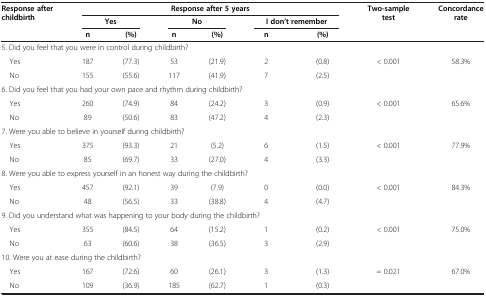
| <ROWSPAN=3> Response after childbirth | <COLSPAN=6> Response after 5 years | <ROWSPAN=3> Two-sample test | <ROWSPAN=3> Concordance rate |
 | <COLSPAN=2> Yes | <COLSPAN=2> No | <COLSPAN=2> I don’t remember |
 | n | (%) | n | (%) | n | (%) |
 | --- | --- | --- | --- | --- | --- | --- | --- | --- |
 | <COLSPAN=9> 5. Did you feel that you were in control during childbirth? |
 | Yes | 187 | (77.3) | 53 | (21.9) | 2 | (0.8) | < 0.001 | 58.3% |
 | No | 155 | (55.6) | 117 | (41.9) | 7 | (2.5) |  |  |
 | <COLSPAN=9> 6. Did you feel that you had your own pace and rhythm during childbirth? |
 | Yes | 260 | (74.9) | 84 | (24.2) | 3 | (0.9) | < 0.001 | 65.6% |
 | No | 89 | (50.6) | 83 | (47.2) | 4 | (2.3) |  |  |
 | <COLSPAN=9> 7. Were you able to believe in yourself during childbirth? |
 | Yes | 375 | (93.3) | 21 | (5.2) | 6 | (1.5) | < 0.001 | 77.9% |
 | No | 85 | (69.7) | 33 | (27.0) | 4 | (3.3) |  |  |
 | <COLSPAN=9> 8. Were you able to express yourself in an honest way during the childbirth? |
 | Yes | 457 | (92.1) | 39 | (7.9) | 0 | (0.0) | < 0.001 | 84.3% |
 | No | 48 | (56.5) | 33 | (38.8) | 4 | (4.7) |  |  |
 | <COLSPAN=9> 9. Did you understand what was happening to your body during the childbirth? |
 | Yes | 355 | (84.5) | 64 | (15.2) | 1 | (0.2) | < 0.001 | 75.0% |
 | No | 63 | (60.6) | 38 | (36.5) | 3 | (2.9) |  |  |
 | <COLSPAN=9> 10. Were you at ease during the childbirth? |
 | Yes | 167 | (72.6) | 60 | (26.1) | 3 | (1.3) | = 0.021 | 67.0% |
 | No | 109 | (36.9) | 185 | (62.7) | 1 | (0.3) |  |  |